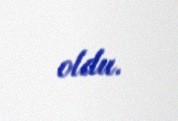
oldu.